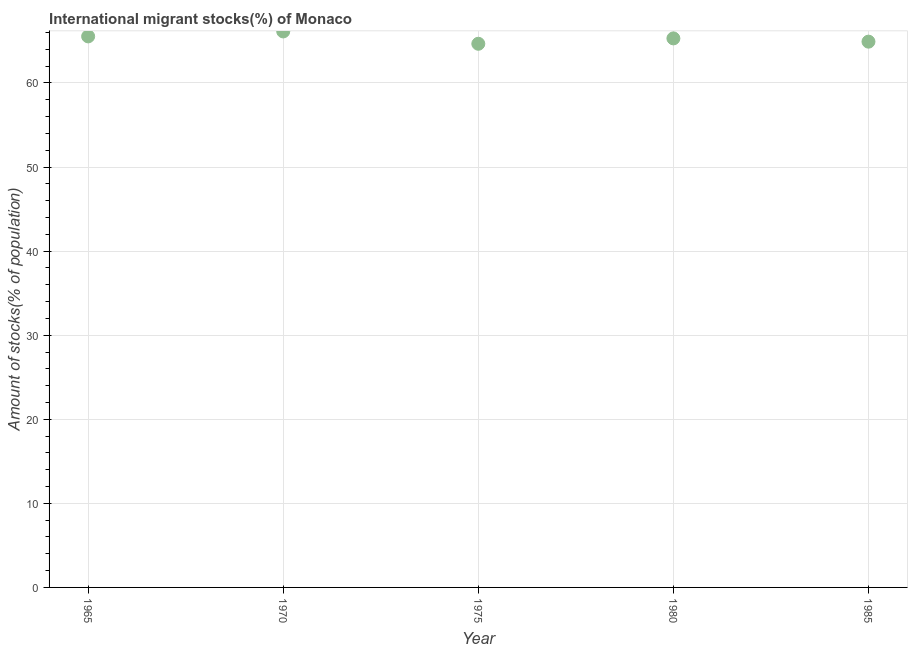
| Year | International migrant stock |
 | --- | --- |
 | 1965 | 65.5 |
 | 1970 | 66.1 |
 | 1975 | 64.7 |
 | 1980 | 65.3 |
 | 1985 | 64.9 |